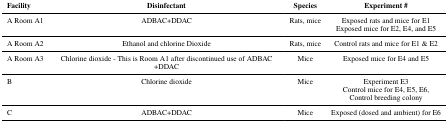
| Facility | Disinfectant | Species | Experiment # |
 | --- | --- | --- | --- |
 | A Room A1 | ADBAC+DDAC | Rats, mice | Exposed rats and mice for E1Exposed mice for E2, E4, and E5 |
 | A Room A2 | Ethanol and chlorine Dioxide | Rats, mice | Control rats and mice for E1 & E2 |
 | A Room A3 | Chlorine dioxide - This is Room A1 after discontinued use of ADBAC+DDAC | Mice | Exposed mice for E4 and E5 |
 | B | Chlorine dioxide | Mice | Experiment E3Control mice for E4, E5, E6,Control breeding colony |
 | C | ADBAC+DDAC | Mice | Exposed (dosed and ambient) for E6 |